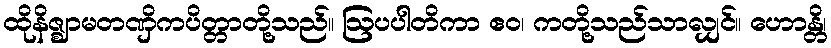
ထိုနိဇ္ဈာမတဏှိကပိတ္တာတို့သည်။ ဩပပါတိကာ ဧဝ၊ ကတို့သည်သာလျှင်။ ဟောန္တိ၊